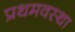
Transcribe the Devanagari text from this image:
प्रथमवस्था